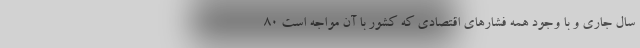
سال جاری و با وجود همه فشار‌های اقتصادی که کشور با آن مواجه است 80